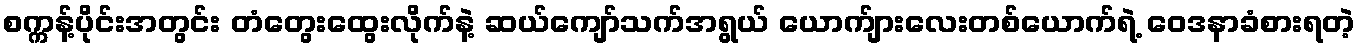
စက္ကန့်ပိုင်းအတွင်း တံတွေးထွေးလိုက်နဲ့ ဆယ်ကျော်သက်အရွယ် ယောက်ျားလေးတစ်ယောက်ရဲ့ ဝေဒနာခံစားရတဲ့